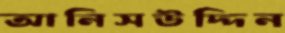
আনিসউদ্দিন